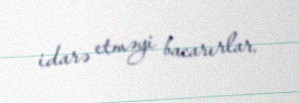
idarə etməyi bacarırlar.